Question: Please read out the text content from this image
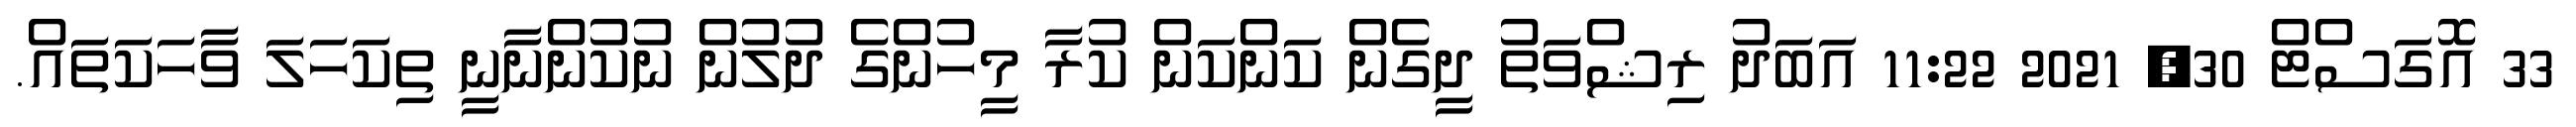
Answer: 33 އޮގަސްޓް 30, 2021 11:22 އަބަދު ރިޝްވަތު ދީގެން ކަންކަން ކުރާ މީހުންގެ ދުލުން ނުކުންނާނީ ތިކަހަލަ ވާހަކަތައް.